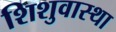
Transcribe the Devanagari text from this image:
शिशुवास्था